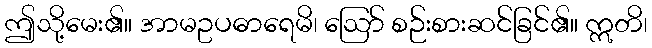
ဤသို့မေး၏။ အာမဥပဓာရေမိ၊ ဩော် စဉ်းစားဆင်ခြင်၏။ ဣတိ၊